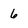
Character: 6